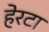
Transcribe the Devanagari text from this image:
हेरटा